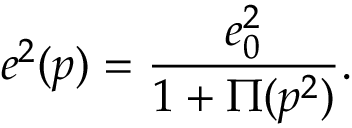
e ^ { 2 } ( p ) = \frac { e _ { 0 } ^ { 2 } } { 1 + \Pi ( p ^ { 2 } ) } .